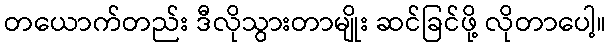
တယောက်တည်း ဒီလိုသွားတာမျိုး ဆင်ခြင်ဖို့ လိုတာပေါ့။